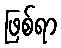
ဖြစ်ရာ